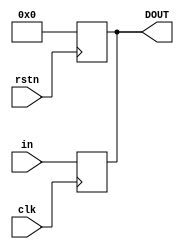
module REG #(
    parameter DWIDTH=32
)(
    input  wire clk,
    input  wire rstn,
    input  wire [DWIDTH-1:0] in,
    output reg [DWIDTH-1:0] DOUT

);

always @(posedge rstn) begin
	DOUT[DWIDTH-1:0]=32'b0;
end

always @(negedge  clk) begin
    DOUT[DWIDTH-1:0]=in;
end

endmodule //Ins_REG